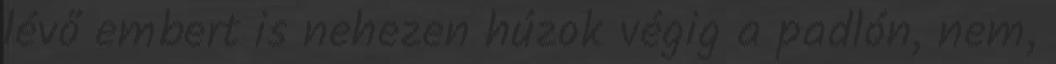
lévő embert is nehezen húzok végig a padlón, nem,